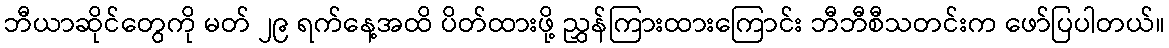
ဘီယာဆိုင်တွေကို မတ် ၂၉ ရက်နေ့အထိ ပိတ်ထားဖို့ ညွှန်ကြားထားကြောင်း ဘီဘီစီသတင်းက ဖော်ပြပါတယ်။